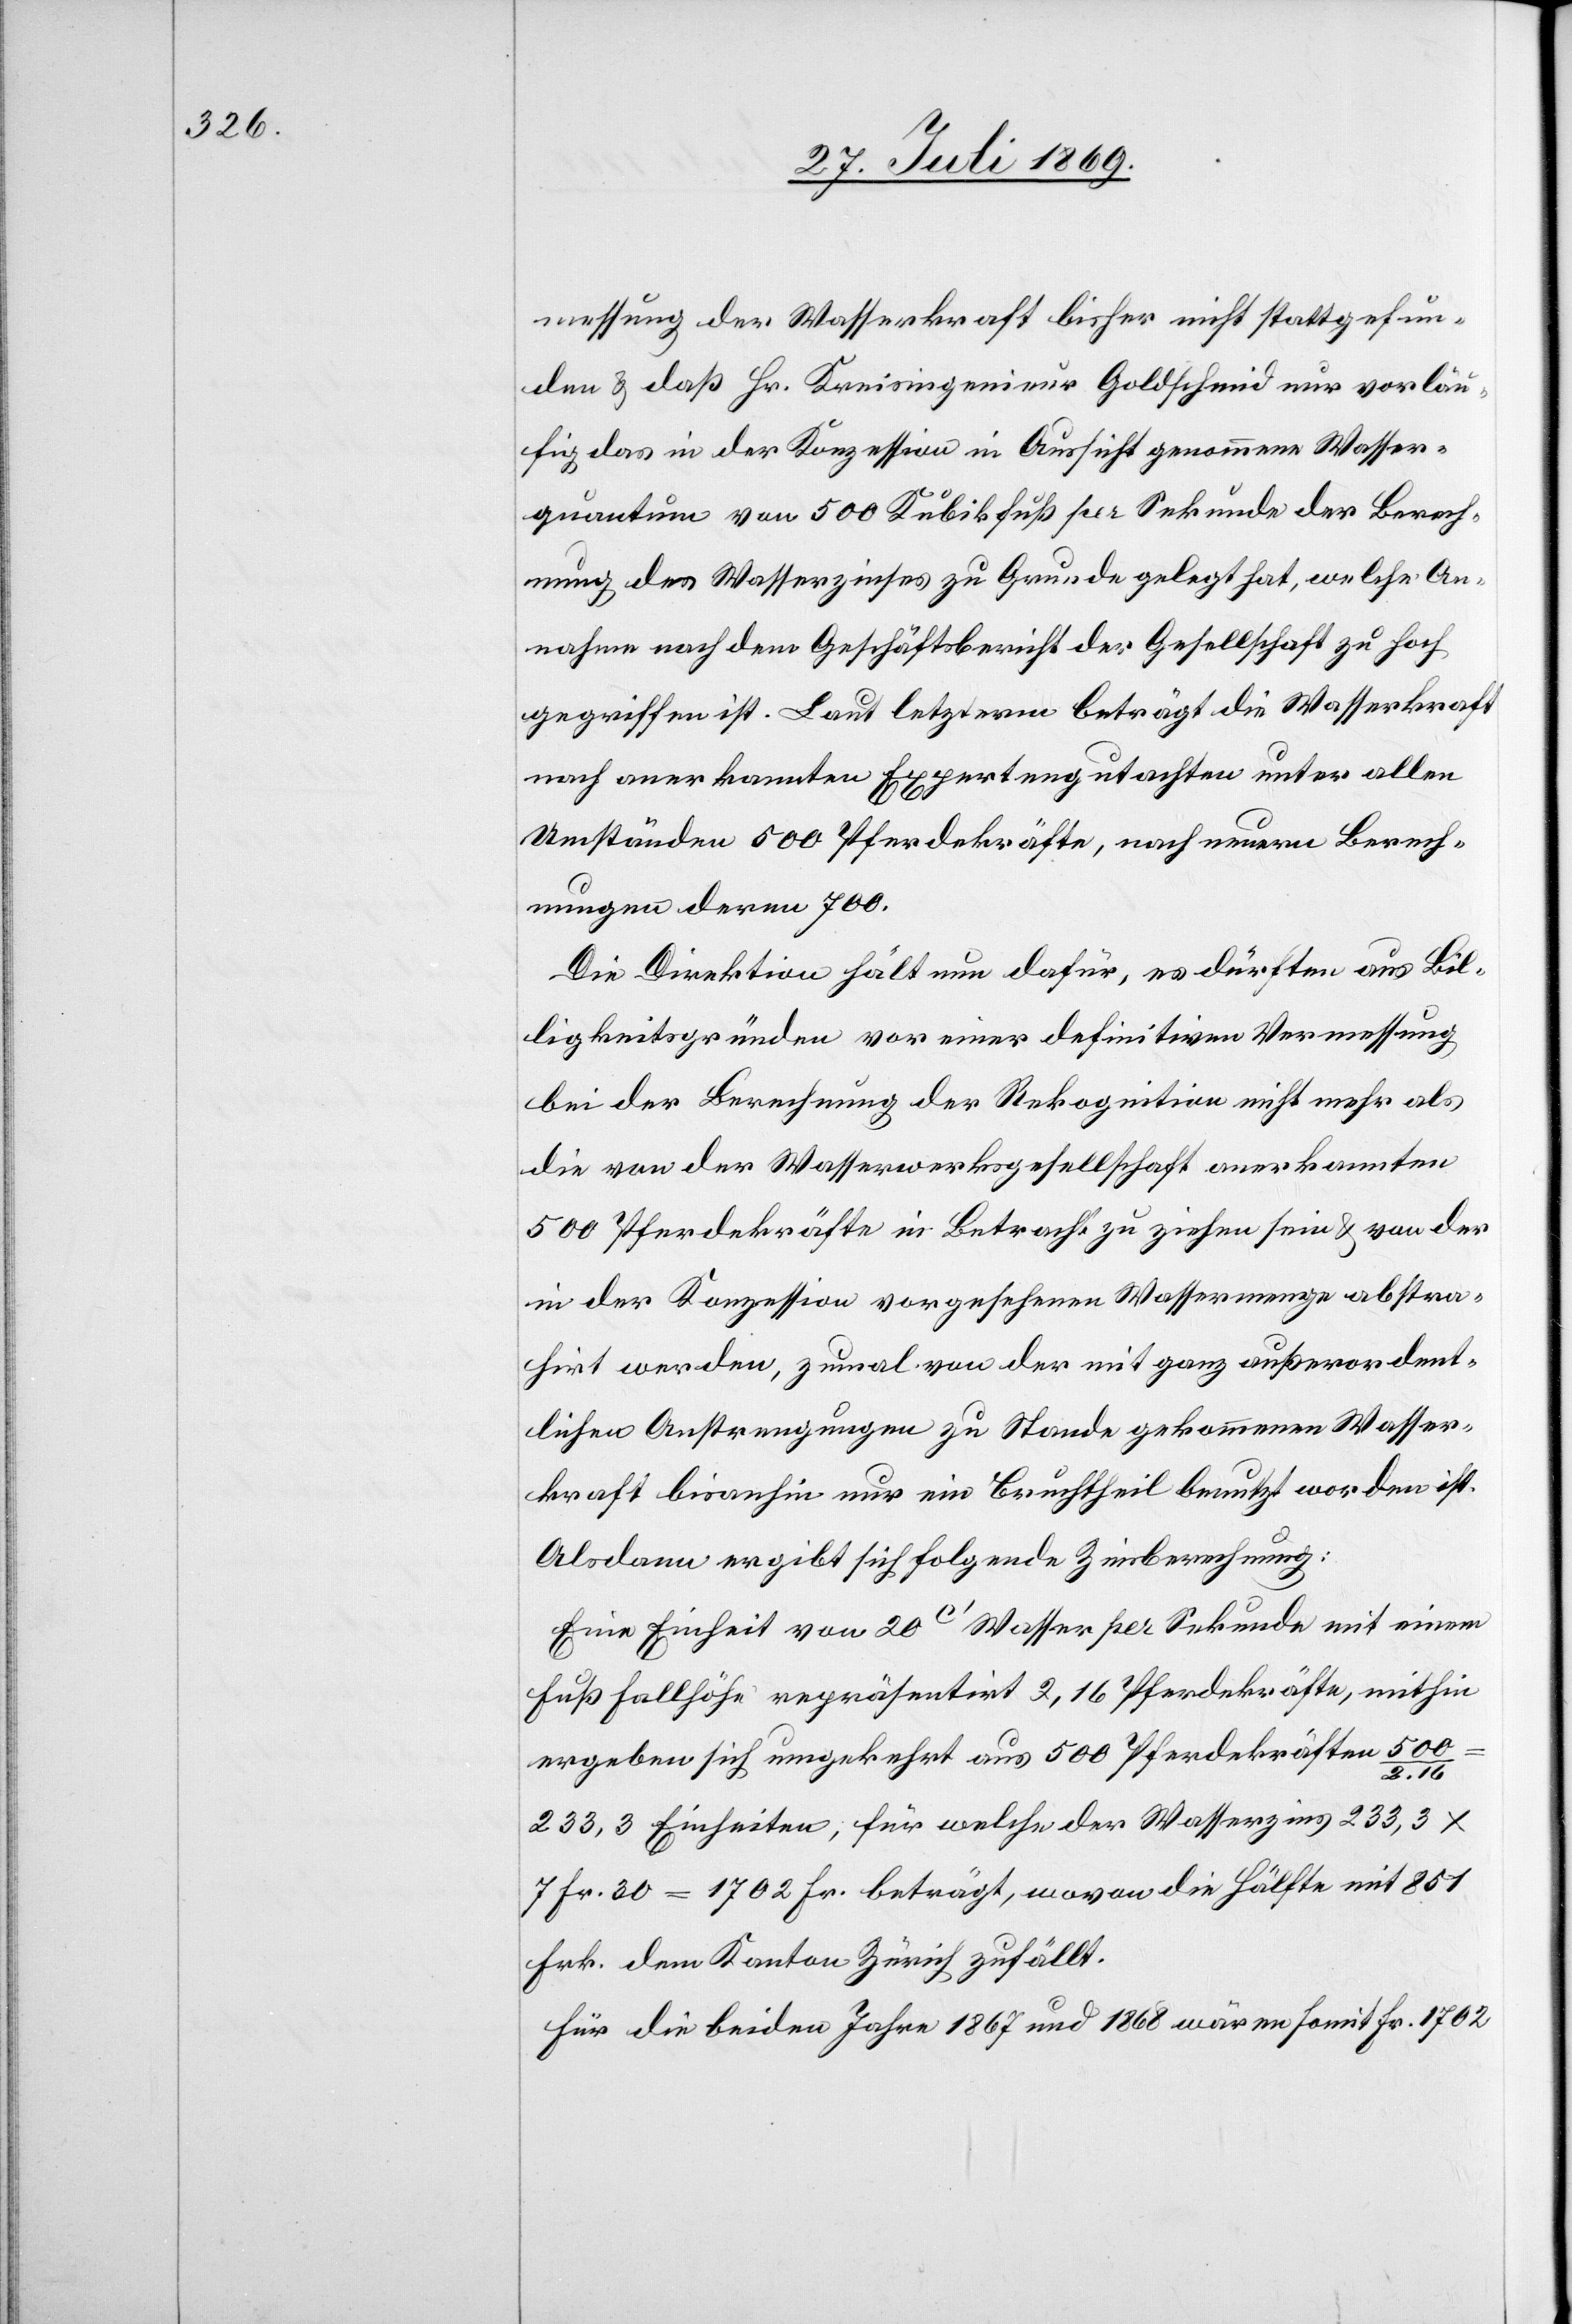
messung der Wasserkraft bisher nicht stattgefun¬
den u. daß Hr. Kreisingenieur Goldschmid nur vorläu¬
fig das in der Konzession in Aussicht genommene Wasser¬
quantum von 500 Kubikfuß per Sekunde der Berech¬
nung des Wasserszinses zu Grunde gelegt hat, welche An¬
nahme nach dem Geschäftsbericht der Gesellschaft zu hoch
gegriffen ist. Laut letzterm beträgt die Wasserkraft
nach anerkannten Expertengutachten unter allen
Umständen 500 Pferdekräfte, nach neuern Berech¬
nungen deren 700.
Die Direktion hält nun dafür, es dürften aus Bil¬
ligkeitsgründen vor einer definitiven Vermessung
bei der Berechnung der Rekognition nicht mehr als
die von der Wasserwerksgesellschaft anerkannten
500 Pferdekräfte in Betracht zu ziehen sein u. von der
in der Konzession vorgesehenen Wassermenge abstra¬
hirt werden, zumal von der mit ganz außerordent¬
lichen Anstrengungen zu Stande gekommenen Wasser¬
kraft bisanhin nur ein Bruchtheil benutzt worden ist.
Alsdann ergibt sich folgende Zinsberechnung:
Eine Einsicht von 20c’ Wasser per Sekunde mit einem
Fuß Fallhöhe repräsentirt 2,16 Pferdekräfte, mithin
ergeben sich umgekehrt aus 500 Pferdekräften
Einheiten, für welche der Wasserzins 233,3 x
7 Fr. 30 = 1702 Fr. beträgt, wovon die Hälfte mit 851
Fr. dem Kanton Zürich zufällt.
Für die beiden Jahre 1867 und 1868 wären somit Fr. 1702